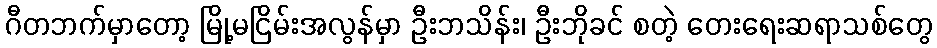
ဂီတဘက်မှာတော့ မြို့မငြိမ်းအလွန်မှာ ဦးဘသိန်း၊ ဦးဘိုခင် စတဲ့ တေးရေးဆရာသစ်တွေ